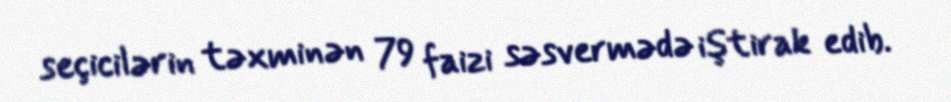
seçicilərin təxminən 79 faizi səsvermədə iştirak edib.